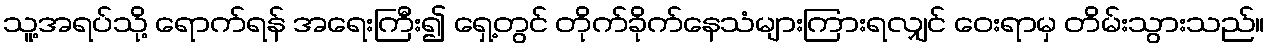
သူ့အရပ်သို့ ရောက်ရန် အရေးကြီး၍ ရှေ့တွင် တိုက်ခိုက်နေသံများကြားရလျှင် ဝေးရာမှ တိမ်းသွားသည်။